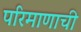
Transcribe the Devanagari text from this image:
परिमाणाची